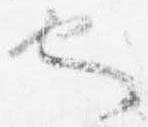
也